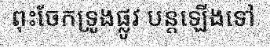
ពុះចែកទ្រូងផ្លូវ បន្តឡើងទៅ